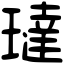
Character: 㼀